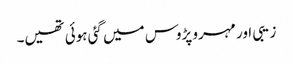
زیبی اور مہرو پڑوس میں گئی ہوئی تھیں۔